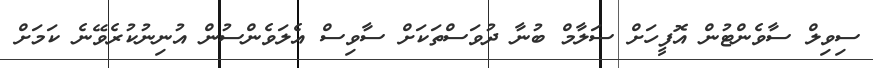
ސިވިލް ސާވެންޓުން އޮފީހަށް ސަލާމް ބުނާ ދުވަސްތަކަށް ސާވިސް އެލަވެންސުން އުނިނުކުރެވޭނެ ކަމަށް